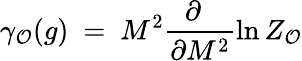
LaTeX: \gamma_{\cal O}(g)~=~M^{2}\frac{\partial~~}{\partial M^{2}}\ln Z_{\cal O}